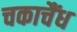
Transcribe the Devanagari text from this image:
चकाचैंध